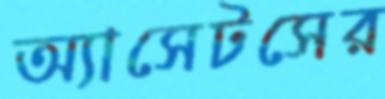
অ্যাসেটসের